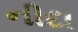
નીદા